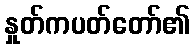
နှုတ်ကပတ်တော်၏